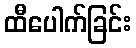
ထီပေါက်ခြင်း